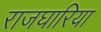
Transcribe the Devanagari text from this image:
राजघारिया